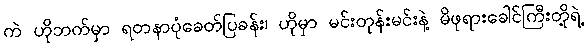
ကဲ ဟိုဘက်မှာ ရတနာပုံခေတ်ပြခန်း၊ ဟိုမှာ မင်းတုန်းမင်းနဲ့ မိဖုရားခေါင်ကြီးတို့ရဲ့